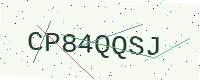
Text: CP84QQSJ